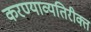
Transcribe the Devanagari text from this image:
करण्याव्यतिरीक्त